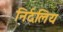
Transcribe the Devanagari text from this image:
निर्दलिय